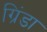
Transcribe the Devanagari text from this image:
ग्रिंडा